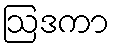
ဩဒကာ